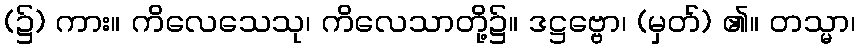
(၌) ကား။ ကိလေသေသု၊ ကိလေသာတို့၌။ ဒဋ္ဌဗ္ဗော၊ (မှတ်) ၏။ တသ္မာ၊